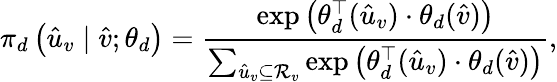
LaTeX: \pi_{d}\left(\hat{u}_{v}\mid\hat{v};\theta_{d}\right)=\frac{\exp\left(\theta_{d}^{\top}(\hat{u}_{v})\cdot\theta_{d}(\hat{v})\right)}{\sum_{\hat{u}_{v}\subseteq{\cal R}_{v}}\exp\left(\theta_{d}^{\top}(\hat{u}_{v})\cdot\theta_{d}(\hat{v})\right)},